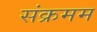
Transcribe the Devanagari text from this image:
संक्रमम